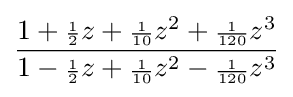
{\frac {1+{\scriptstyle {\frac {1}{2}}}z+{\scriptstyle {\frac {1}{10}}}z^{2}+{\scriptstyle {\frac {1}{120}}}z^{3}}{1-{\scriptstyle {\frac {1}{2}}}z+{\scriptstyle {\frac {1}{10}}}z^{2}-{\scriptstyle {\frac {1}{120}}}z^{3}}}